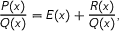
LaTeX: { \frac { P ( x ) } { Q ( x ) } } = E ( x ) + { \frac { R ( x ) } { Q ( x ) } } ,